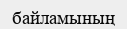
байламының